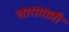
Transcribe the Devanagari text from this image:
तारागामी